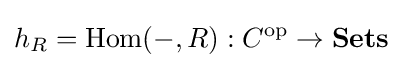
h_{R}=\operatorname {Hom} (-,R):C^{\operatorname {op} }\to \mathbf {Sets}